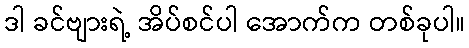
ဒါ ခင်ဗျားရဲ့ အိပ်စင်ပါ အောက်က တစ်ခုပါ။